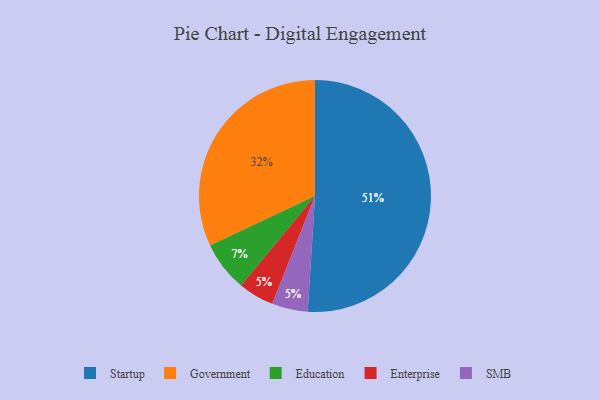
{"axis": {"x": "Category", "y": "Percentage"}, "legend": ["Education", "Enterprise", "Government", "SMB", "Startup"], "data": [{"x": "Enterprise", "y": 5, "type": "Enterprise"}, {"x": "Startup", "y": 51, "type": "Startup"}, {"x": "Government", "y": 32, "type": "Government"}, {"x": "Education", "y": 7, "type": "Education"}, {"x": "SMB", "y": 5, "type": "SMB"}]}